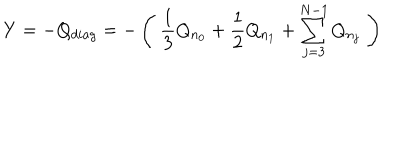
Y = - Q _ { d i a g } = - \left( \; \frac 1 3 Q _ { n _ { 0 } } + \frac 1 2 Q _ { n _ { 1 } } + \sum _ { j = 3 } ^ { N - 1 } Q _ { n _ { j } } \; \right)